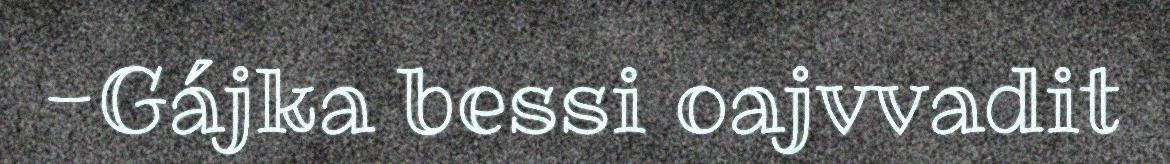
-Gájka bessi oajvvadit